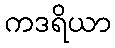
ကဒရိယာ